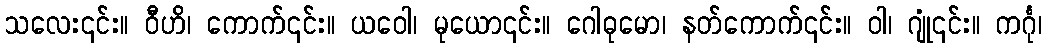
သလေး၎င်း။ ဝီဟိ၊ ကောက်၎င်း။ ယဝေါ၊ မုယော၎င်း။ ဂေါဓုမော၊ နတ်ကောက်၎င်း။ ဝါ၊ ဂျုံ၎င်း။ ကင်္ဂု၊